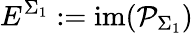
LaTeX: E^{\Sigma_{1}}:=\mathrm{im}(\mathcal{P}_{\Sigma_{1}})